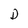
Character: D